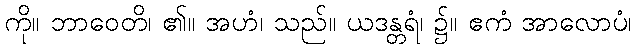
ကို။ ဘာဝေတိ၊ ၏။ အဟံ၊ သည်။ ယဒန္တရံ၊ ၌။ ဧကံ အာလောပံ၊